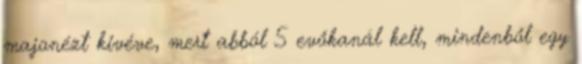
majonézt kivéve, mert abból 5 evőkanál kell, mindenből egy